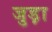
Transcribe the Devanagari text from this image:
जुड़़ा